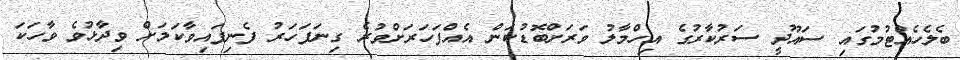
ބެލެހެއްޓުމުގައި ސައޫދީ ސަރުކާރުގެ އިހްމާލު ވަރަށްބޮޑުކަން އެއްފަހަރަށްވުރެ ގިނަފަހަރު ފެނިފައިވާކަމަށް ވިދާޅުވެ ވާހަކަ